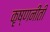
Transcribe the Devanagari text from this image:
कृष्णनीती